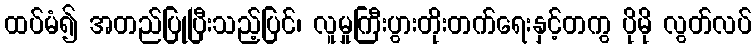
ထပ်မံ၍ အတည်ပြုပြီးသည့်ပြင်၊ လူမှုကြီးပွားတိုးတက်ရေးနှင့်တကွ ပိုမို လွတ်လပ်